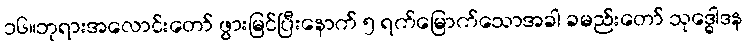
၁၆။ဘုရားအလောင်းတော် ဖွားမြင်ပြီးနောက် ၅ ရက်မြောက်သောအခါ ခမည်းတော် သုဒ္ဓေါဒန